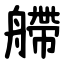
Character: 艜